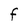
Character: F